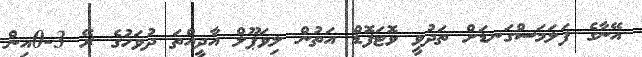
އޭނާގެ ފަލަމަސްގަނޑަށް ތަދުވީ ވޮޓަފޮޑް އަތުން ލިވަޕޫލް އާދީއްތަ ދުވަހުގެ ރޭ 3-0އިން